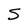
Character: S